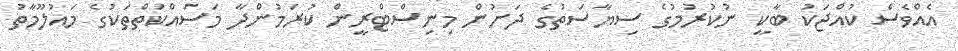
އެއްވެސް ކުއްޖަކު ބާކީ ނުކުރުމުގެ ސިޔާސަތުގެ ދަށުން މިނިސްޓްރީން ކުރަމުންދާ މަސައްކަތްތަކުގެ މައުލޫމާތު